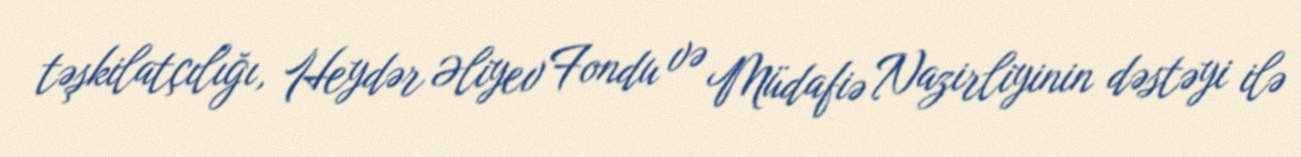
təşkilatçılığı, Heydər Əliyev Fondu və Müdafiə Nazirliyinin dəstəyi ilə